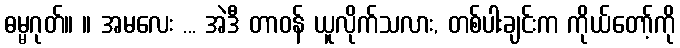
ဓမ္မဂုတ်။ ။ အမလေး ... အဲဒီ တာဝန် ယူလိုက်သလား, တစ်ပါးချင်းက ကိုယ်တော့်ကို